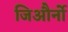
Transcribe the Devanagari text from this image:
जिऔर्नो